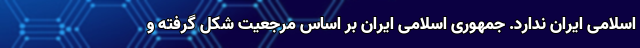
اسلامی ایران ندارد. جمهوری اسلامی ایران بر اساس مرجعیت شکل گرفته و